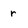
Character: r